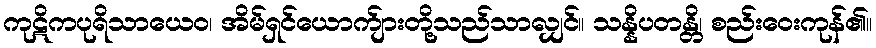
ကုဋိကပုရိသာယေဝ၊ အိမ်ရှင်ယောက်ျားတို့သည်သာလျှင်။ သန္နိပတန္တိ၊ စည်းဝေးကုန်၏။